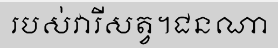
របស់វារីសត្វ។ជនណា